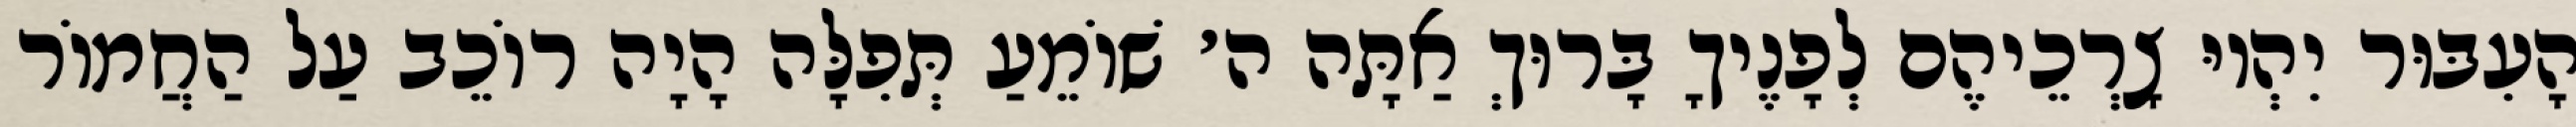
הָעִבּוּר יִהְיוּ צָרְכֵיהֶם לְפָנֶיךָ בָּרוּךְ אַתָּה ה׳ שׁוֹמֵעַ תְּפִלָּה הָיָה רוֹכֵב עַל הַחֲמוֹר